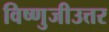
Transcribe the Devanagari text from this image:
विष्णुजीउत्तर